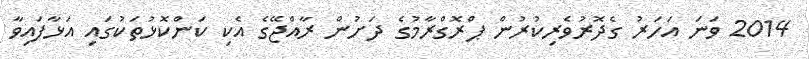
2014 ވަނަ އަހަރު ގެދޮރުވެރިކުރުން ޕްރޮގްރާމުގެ ދަށުން ރާއްޖޭގެ އެކި ކަންކޮޅުތަކުގައި އަޅާފައިވާ